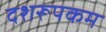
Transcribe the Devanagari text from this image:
दशरूपकम